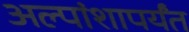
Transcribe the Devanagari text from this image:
अल्पांशापर्यंत